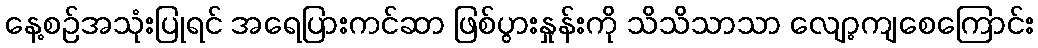
နေ့စဉ်အသုံးပြုရင် အရေပြားကင်ဆာ ဖြစ်ပွားနှုန်းကို သိသိသာသာ လျော့ကျစေကြောင်း